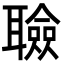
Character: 𦗹